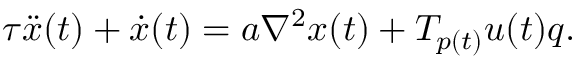
\tau \ddot { x } ( t ) + \dot { x } ( t ) = a \nabla ^ { 2 } x ( t ) + T _ { p ( t ) } u ( t ) q .